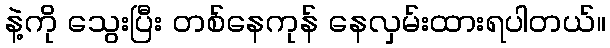
နဲ့ကို သွေးပြီး တစ်နေကုန် နေလှမ်းထားရပါတယ်။